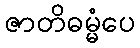
ဇာတိဓမ္မံပေ